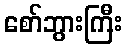
စော်ဘွားကြီး